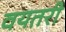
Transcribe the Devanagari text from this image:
वयतरी